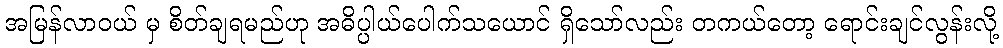
အမြန်လာဝယ် မှ စိတ်ချရမည်ဟု အဓိပ္ပါယ်ပေါက်သယောင် ရှိသော်လည်း တကယ်တော့ ရောင်းချင်လွန်းလို့